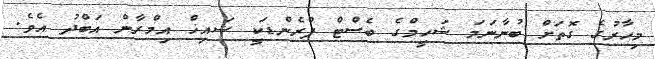
މިހާރުގެ ގޮތަށް ބުނާނަމަ ޝަހީމްގެ ބެސްޓް ފްރެންޑަކީ ޝައިޚް އިމްރާން އަބްދު އެވެ.